Indian journal of veterinary science and animal husbandry - Volume 4,
Year: 1934
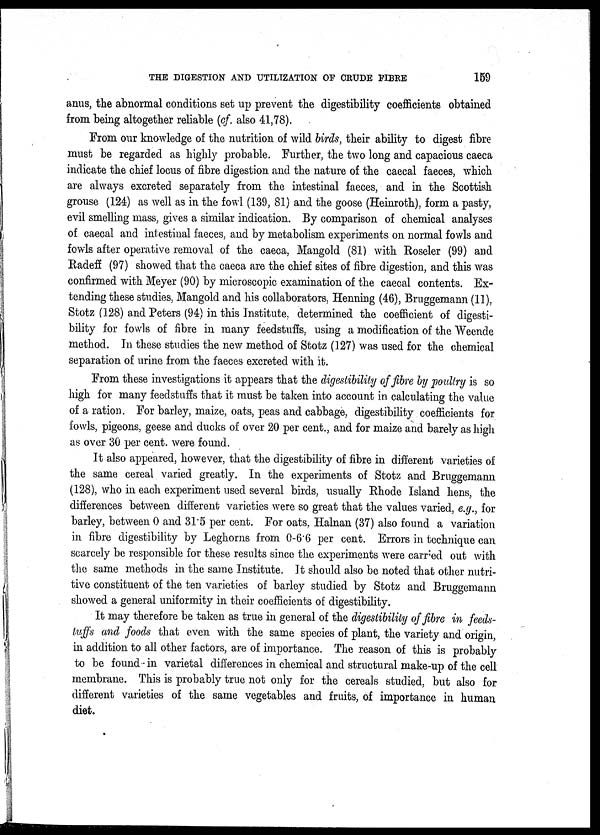
THE DIGESTION AND UTILIZATION OF CRUDE FIBRE
159
anus, the abnormal conditions set up prevent the digestibility coefficients obtained
from being altogether reliable (cf. also 41,78).
From our knowledge of the nutrition of wild birds, their ability to digest fibre
must be regarded as highly probable. Further, the two long and capacious caeca
indicate the chief locus of fibre digestion and the nature of the caecal faeces, which
are always excreted separately from the intestinal faeces, and in the Scottish
grouse (124) as well as in the fowl (139, 81) and the goose (Heinroth), form a pasty,
evil smelling mass, gives a similar indication. By comparison of chemical analyses
of caecal and intestinal faeces, and by metabolism experiments on normal fowls and
fowls after operative removal of the caeca, Mangold (81) with Roseler (99) and
Radeff (97) showed that the caeca are the chief sites of fibre digestion, and this was
confirmed with Meyer (90) by microscopic examination of the caecal contents. Ex-
tending these studies, Mangold and his collaborators, Henning (46), Bruggemann (11),
Stotz (128) and Peters (94) in this Institute, determined the coefficient of digesti-
bility for fowls of fibre in many feedstuffs, using a modification of the Weende
method. In these studies the new method of Stotz (127) was used for the chemical
separation of urine from the faeces excreted with it.
From these investigations it appears that the digestibility of fibre by poultry is so
high for many feedstuffs that it must be taken into account in calculating the value
of a ration. For barley, maize, oats, peas and cabbage, digestibility coefficients for
fowls, pigeons, geese and ducks of over 20 per cent., and for maize and barely as high
as over 30 per cent. were found.
It also appeared, however, that the digestibility of fibre in different varieties of
the same cereal varied greatly. In the experiments of Stotz and Bruggemann
(128), who in each experiment used several birds, usually Rhode Island hens, the
differences between different varieties were so great that the values varied, e.g., for
barley, between 0 and 31.5 per cent. For oats, Halnan (37) also found a variation
in fibre digestibility by Leghorns from 0-6.6 per cent. Errors in technique can
scarcely be responsible for these results since the experiments were carried out with
the same methods in the same Institute. It should also be noted that other nutri-
tive constituent of the ten varieties of barley studied by Stotz and Bruggemann
showed a general uniformity in their coefficients of digestibility.
It may therefore be taken as true in general of the digestibility of fibre in feeds-
t uf f s and foods that even with the same species of plant, the variety and origin,
in addition to all other factors, are of importance. The reason of this is probably
to be found in varietal differences in chemical and structural make-up of the cell
membrane. This is probably true not only for the cereals studied, but also for
different varieties of the same vegetables and fruits, of importance in human
diet.